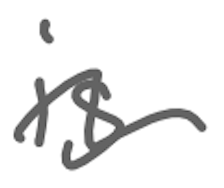
Text: is
Cross-out: mix
Writing tool: digital_gray